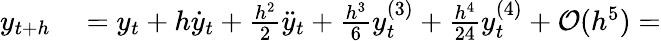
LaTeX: \begin{array}{rl}{y_{t+h}}&{{}=y_{t}+h{\dot{y}}_{t}+{\frac{h^{2}}{2}}{\ddot{y}}_{t}+{\frac{h^{3}}{6}}y_{t}^{(3)}+{\frac{h^{4}}{24}}y_{t}^{(4)}+{\mathcal{O}}(h^{5})=}\end{array}